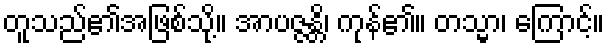
တူသည်၏အဖြစ်သို့။ အာပဇ္ဇန္တိ၊ ကုန်၏။ တသ္မာ၊ ကြောင့်။